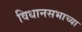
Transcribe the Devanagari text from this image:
विधानसभाच्या